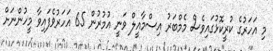
މި އަހަރުގެ ކުރީކޮޅުގައިވެސް މެމްބަރު އިސްމާއީލް ވަނީ އުމުރުން 65 އަހަރުވެފައިވާ މީހުންނަށް